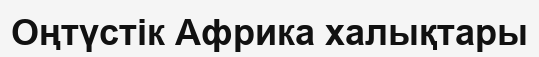
Оңтүстік Африка халықтары